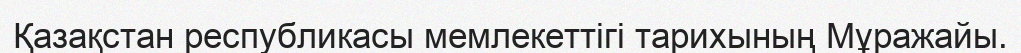
Қазақстан республикасы мемлекеттігі тарихының Мұражайы.